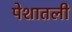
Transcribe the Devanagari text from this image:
पेशातली